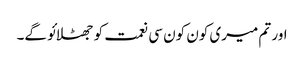
اور تم میری کون کون سی نعمت کو جھٹلائو گے۔